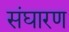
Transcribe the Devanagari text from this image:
संघारण